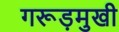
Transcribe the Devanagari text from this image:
गरूड़मुखी